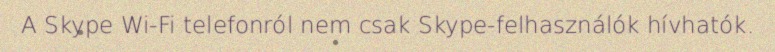
A Skype Wi-Fi telefonról nem csak Skype-felhasználók hívhatók.